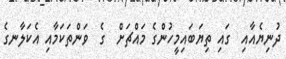
ދުނިޔެއާއި  ގައި ތިޔަބައިމީހުންގެ މައްޗަށް  ގެ  ވަންތަކަމާއި އެކަލާނގެ